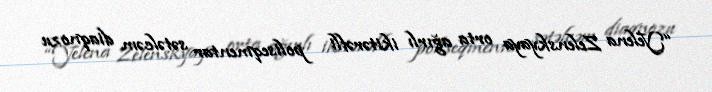
“Yelena Zelenskyaya orta ağırlı ikitərəfli poliseqmentar sətəlcəm diaqnozu